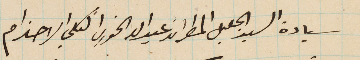
سيادة السيد الجليل المطران عبدالله الخوري الكلي الاحترام